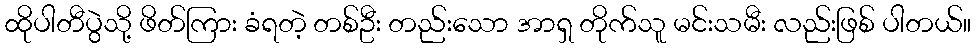
ထိုပါတီပွဲသို့ ဖိတ်ကြား ခံရတဲ့ တစ်ဦး တည်းသော အာရှ တိုက်သူ မင်းသမီး လည်းဖြစ် ပါတယ်။